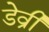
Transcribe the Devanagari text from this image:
डेव्री